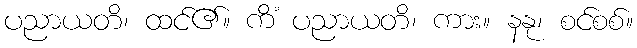
ပညာယတိ၊ ထင်၏။ ကိံ ပညာယတိ၊ ကား။ နနု၊ စင်စစ်။